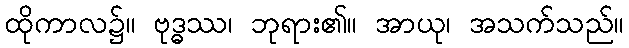
ထိုကာလ၌။ ဗုဒ္ဓဿ၊ ဘုရား၏။ အာယု၊ အသက်သည်။